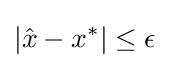
|{\hat {x}}-x^{*}|\leq \epsilon